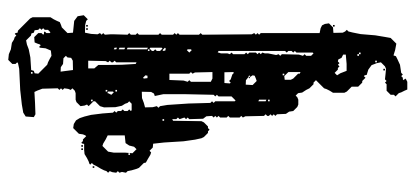
Text: Plymouth
Cross-out: scratch
Writing tool: digital_black